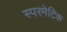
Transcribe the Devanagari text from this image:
स्परमेटिक